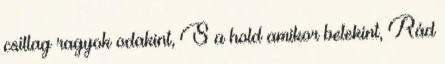
csillag ragyok odakint, S a hold amikor betekint, Rád